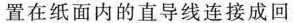
置在纸面内的直导线连接成回